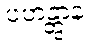
ပဟန္တွာန